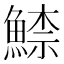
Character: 𩹟